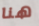
هنا